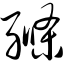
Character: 绦